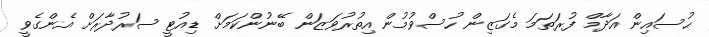
ޙުސައިން އަދާމް ފުރަތަމަ މެގަޒިން ހުސްވުމުން އިތުރުވަޒަން ބޭނުންކަމަށް ޑިއުޓީ ސަރުދާރަށް އެންގެވީ